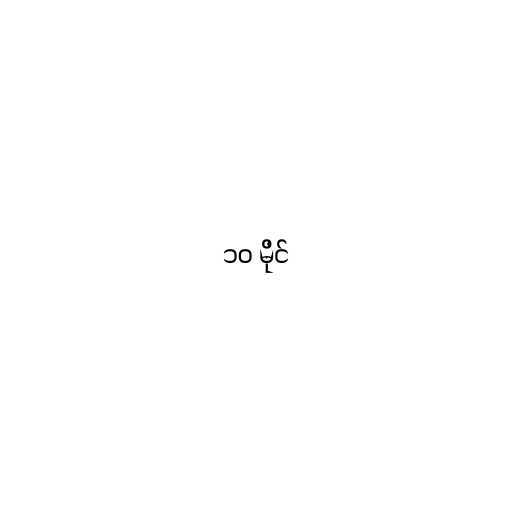
၁၀ မိုင်